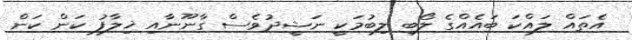
އެތައް ލައްކަ ބައެއްގެ ލޯބި ލިބުމަކީ ނަޝީދުވެސް ގާނޫނާއި ޚިލާފު ކަން ކަން